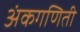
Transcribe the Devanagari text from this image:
अंकगणिती